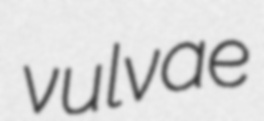
vulvae